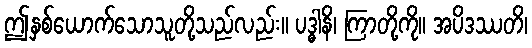
ဤနှစ်ယောက်သောသူတို့သည်လည်း။ ပဒ္ဓါနိ၊ ကြာတို့ကို။ အပိဒဿတိ၊